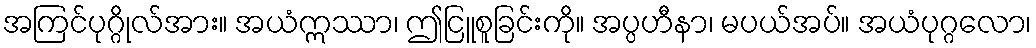
အကြင်ပုဂ္ဂိုလ်အား။ အယံဣဿာ၊ ဤငြူစူခြင်းကို။ အပ္ပဟီနာ၊ မပယ်အပ်။ အယံပုဂ္ဂလော၊